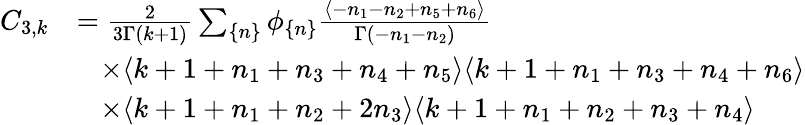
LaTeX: \begin{array}{rl}{C_{3,k}}&{=\frac{2}{3\Gamma(k+1)}\sum_{\{ n\} }\phi_{\{ n\} }\frac{\langle-n_{1}-n_{2}+n_{5}+n_{6}\rangle}{\Gamma(-n_{1}-n_{2})}}\\ &{\; \; \; \times\langle k+1+n_{1}+n_{3}+n_{4}+n_{5}\rangle\langle k+1+n_{1}+n_{3}+n_{4}+n_{6}\rangle}\\ &{\; \; \; \times\langle k+1+n_{1}+n_{2}+2n_{3}\rangle\langle k+1+n_{1}+n_{2}+n_{3}+n_{4}\rangle}\end{array}